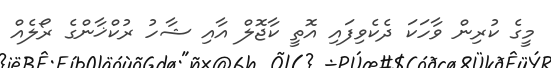
މީގެ ކުރިން ވާހަކަ ދެކެވިފައި އޮތީ ކާޖޮލް އާއި ޝާހު ރުކްޚާންގެ ރޯލެއް